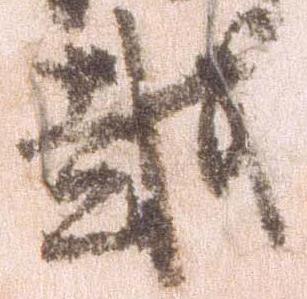
越